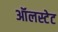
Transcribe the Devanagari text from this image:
ऑलस्टेट